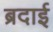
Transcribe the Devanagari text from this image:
ब्रदाई